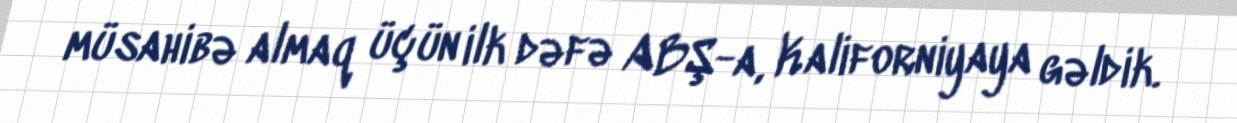
müsahibə almaq üçün ilk dəfə ABŞ-a, Kaliforniyaya gəldik.